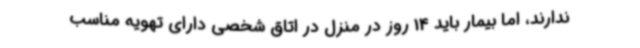
ندارند، اما بیمار باید 14 روز در منزل در اتاق شخصی دارای تهویه مناسب